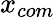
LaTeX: x_{com}